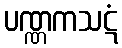
ပဏ္ဏကသဋံ